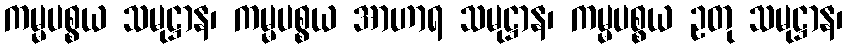
ကမ္မပစ္စယ သမုဋ္ဌာန၊ ကမ္မပစ္စယ အာဟာရ သမုဋ္ဌာန၊ ကမ္မပစ္စယ ဥတု သမုဋ္ဌာန၊